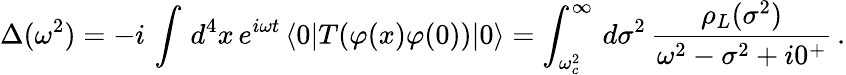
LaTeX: \Delta(\omega^{2})=-i\, \int\, d^{4}x\, e^{i\omega t}\, \langle 0|T(\varphi(x)\varphi(0))|0\rangle=\int_{\omega_{c}^{2}}^{\infty}\, d\sigma^{2}\, \frac{\rho_{L}(\sigma^{2})}{\omega^{2}-\sigma^{2}+i0^{+}}\, .